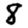
Digit: 8